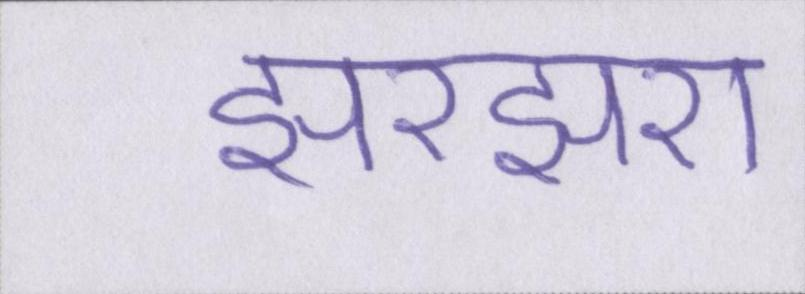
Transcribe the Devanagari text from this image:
झरझरा